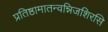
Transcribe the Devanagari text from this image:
प्रतिष्ठामातन्वन्निजशिरसि